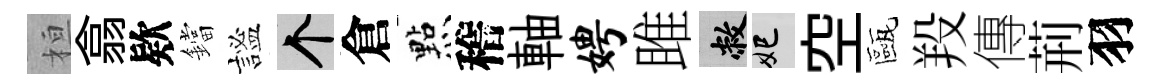
桓翕欵鐺謐个倉㸃稽軸娉雎敝妃空甌羖傳荊羽